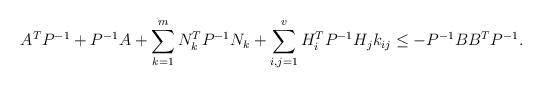
LaTeX: \begin{align*} A^T P^{-1}+P^{-1}A+\sum_{k=1}^m N^T_k P^{-1} N_k + \sum_{i, j=1}^v H_i^T P^{-1} H_j k_{i j} \leq -P^{-1}BB^T P^{-1}. \end{align*}